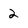
Character: 2